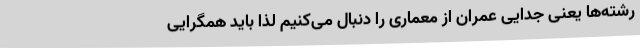
رشته‌ها یعنی جدایی عمران از معماری را دنبال می‌کنیم لذا باید همگرایی